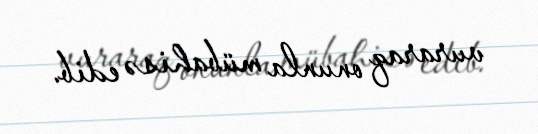
vuraraq onunla mübahisə edib.